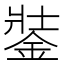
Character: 銺